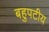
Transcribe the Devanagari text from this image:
बहुपटीय